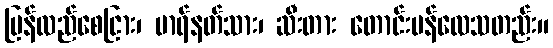
ပြန်လည်စေငြား၊ မာရ်နတ်သား၊ ဆီးတား တောင်းပန်လေသတည်း။